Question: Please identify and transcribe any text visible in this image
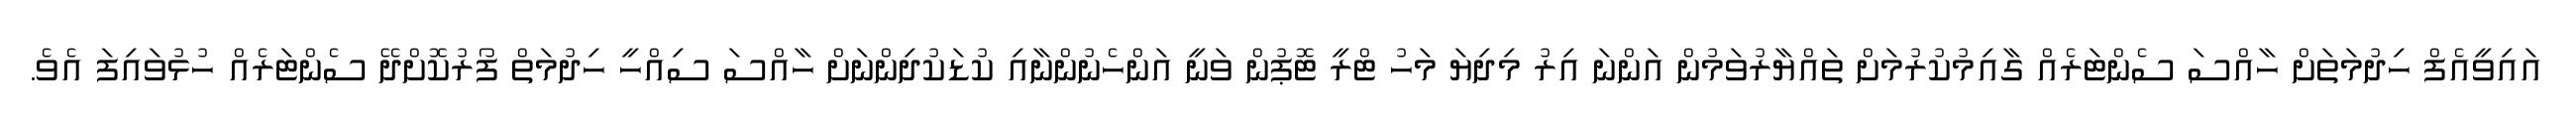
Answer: އައިވީއެފް ހިދުމަތަށް ހާއްސަ ސެންޓަރެއް ގާއިމުކުރުމަށް ތައްޔާރުވަމުން އަންނަ އިރު މިދިޔަ މަހު ޓްރީ ޓޮޕުން ވަނީ އަންހެނުންނާއި ކުޑަކުދިންނަށް ހާއްސަ ސިއްހީ ހިދުމަތް ފޯރުކޮށްދޭ ސެންޓަރެއް ހުޅުވައިފަ އެވެ.